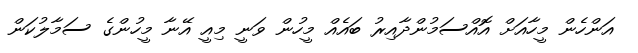
އަންހެން މީހާއަށް އޮއްސަމުންދާއިރު ބައެއް މީހުން ވަނީ މިއީ އޭނާ މީހުންގެ ސަމާލުކަން